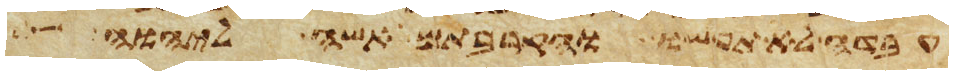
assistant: עבדה לא תעשו והקרבתם אשה ליהוה